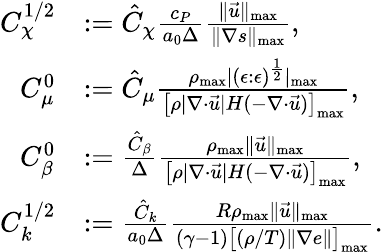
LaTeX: \begin{array}{rl}{{C}_{\chi}^{1/2}}&{:=\hat{C}_{\chi}\frac{c_{P}}{a_{0}\Delta}\frac{\| \vec{u}\| _{\mathrm{max}}}{\| \nabla s\| _{\mathrm{max}}},}\\ {{C}_{\mu}^{0}}&{:=\hat{C}_{\mu}\frac{\rho_{\mathrm{max}}|(\epsilon:\epsilon)^{\frac{1}{2}}|_{\mathrm{max}}}{\big[\rho|\nabla\cdot\vec{u}|H(-\nabla\cdot\vec{u})\big]_{\mathrm{max}}},}\\ {{C}_{\beta}^{0}}&{:=\frac{\hat{C}_{\beta}}{\Delta}\frac{\rho_{\mathrm{max}}\| \vec{u}\| _{\mathrm{max}}}{\big[\rho|\nabla\cdot\vec{u}|H(-\nabla\cdot\vec{u})\big]_{\mathrm{max}}},}\\ {{C}_{k}^{1/2}}&{:=\frac{\hat{C}_{k}}{a_{0}\Delta}\frac{R\rho_{\mathrm{max}}\| \vec{u}\| _{\mathrm{max}}}{(\gamma-1)\big[(\rho/T)\| \nabla e\| \big]_{\mathrm{max}}}.}\end{array}